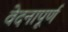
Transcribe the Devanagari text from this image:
वेदनापूर्ण